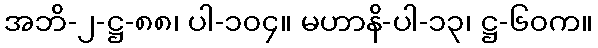
အဘိ-၂-ဋ္ဌ-၈၈၊ ပါ-၁၀၄။ မဟာနိ-ပါ-၁၃၊ ဋ္ဌ-၆၀က။